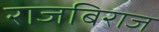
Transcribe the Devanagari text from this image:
राजबिराज